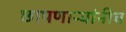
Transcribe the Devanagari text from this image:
छापणाऱ्यांनीच